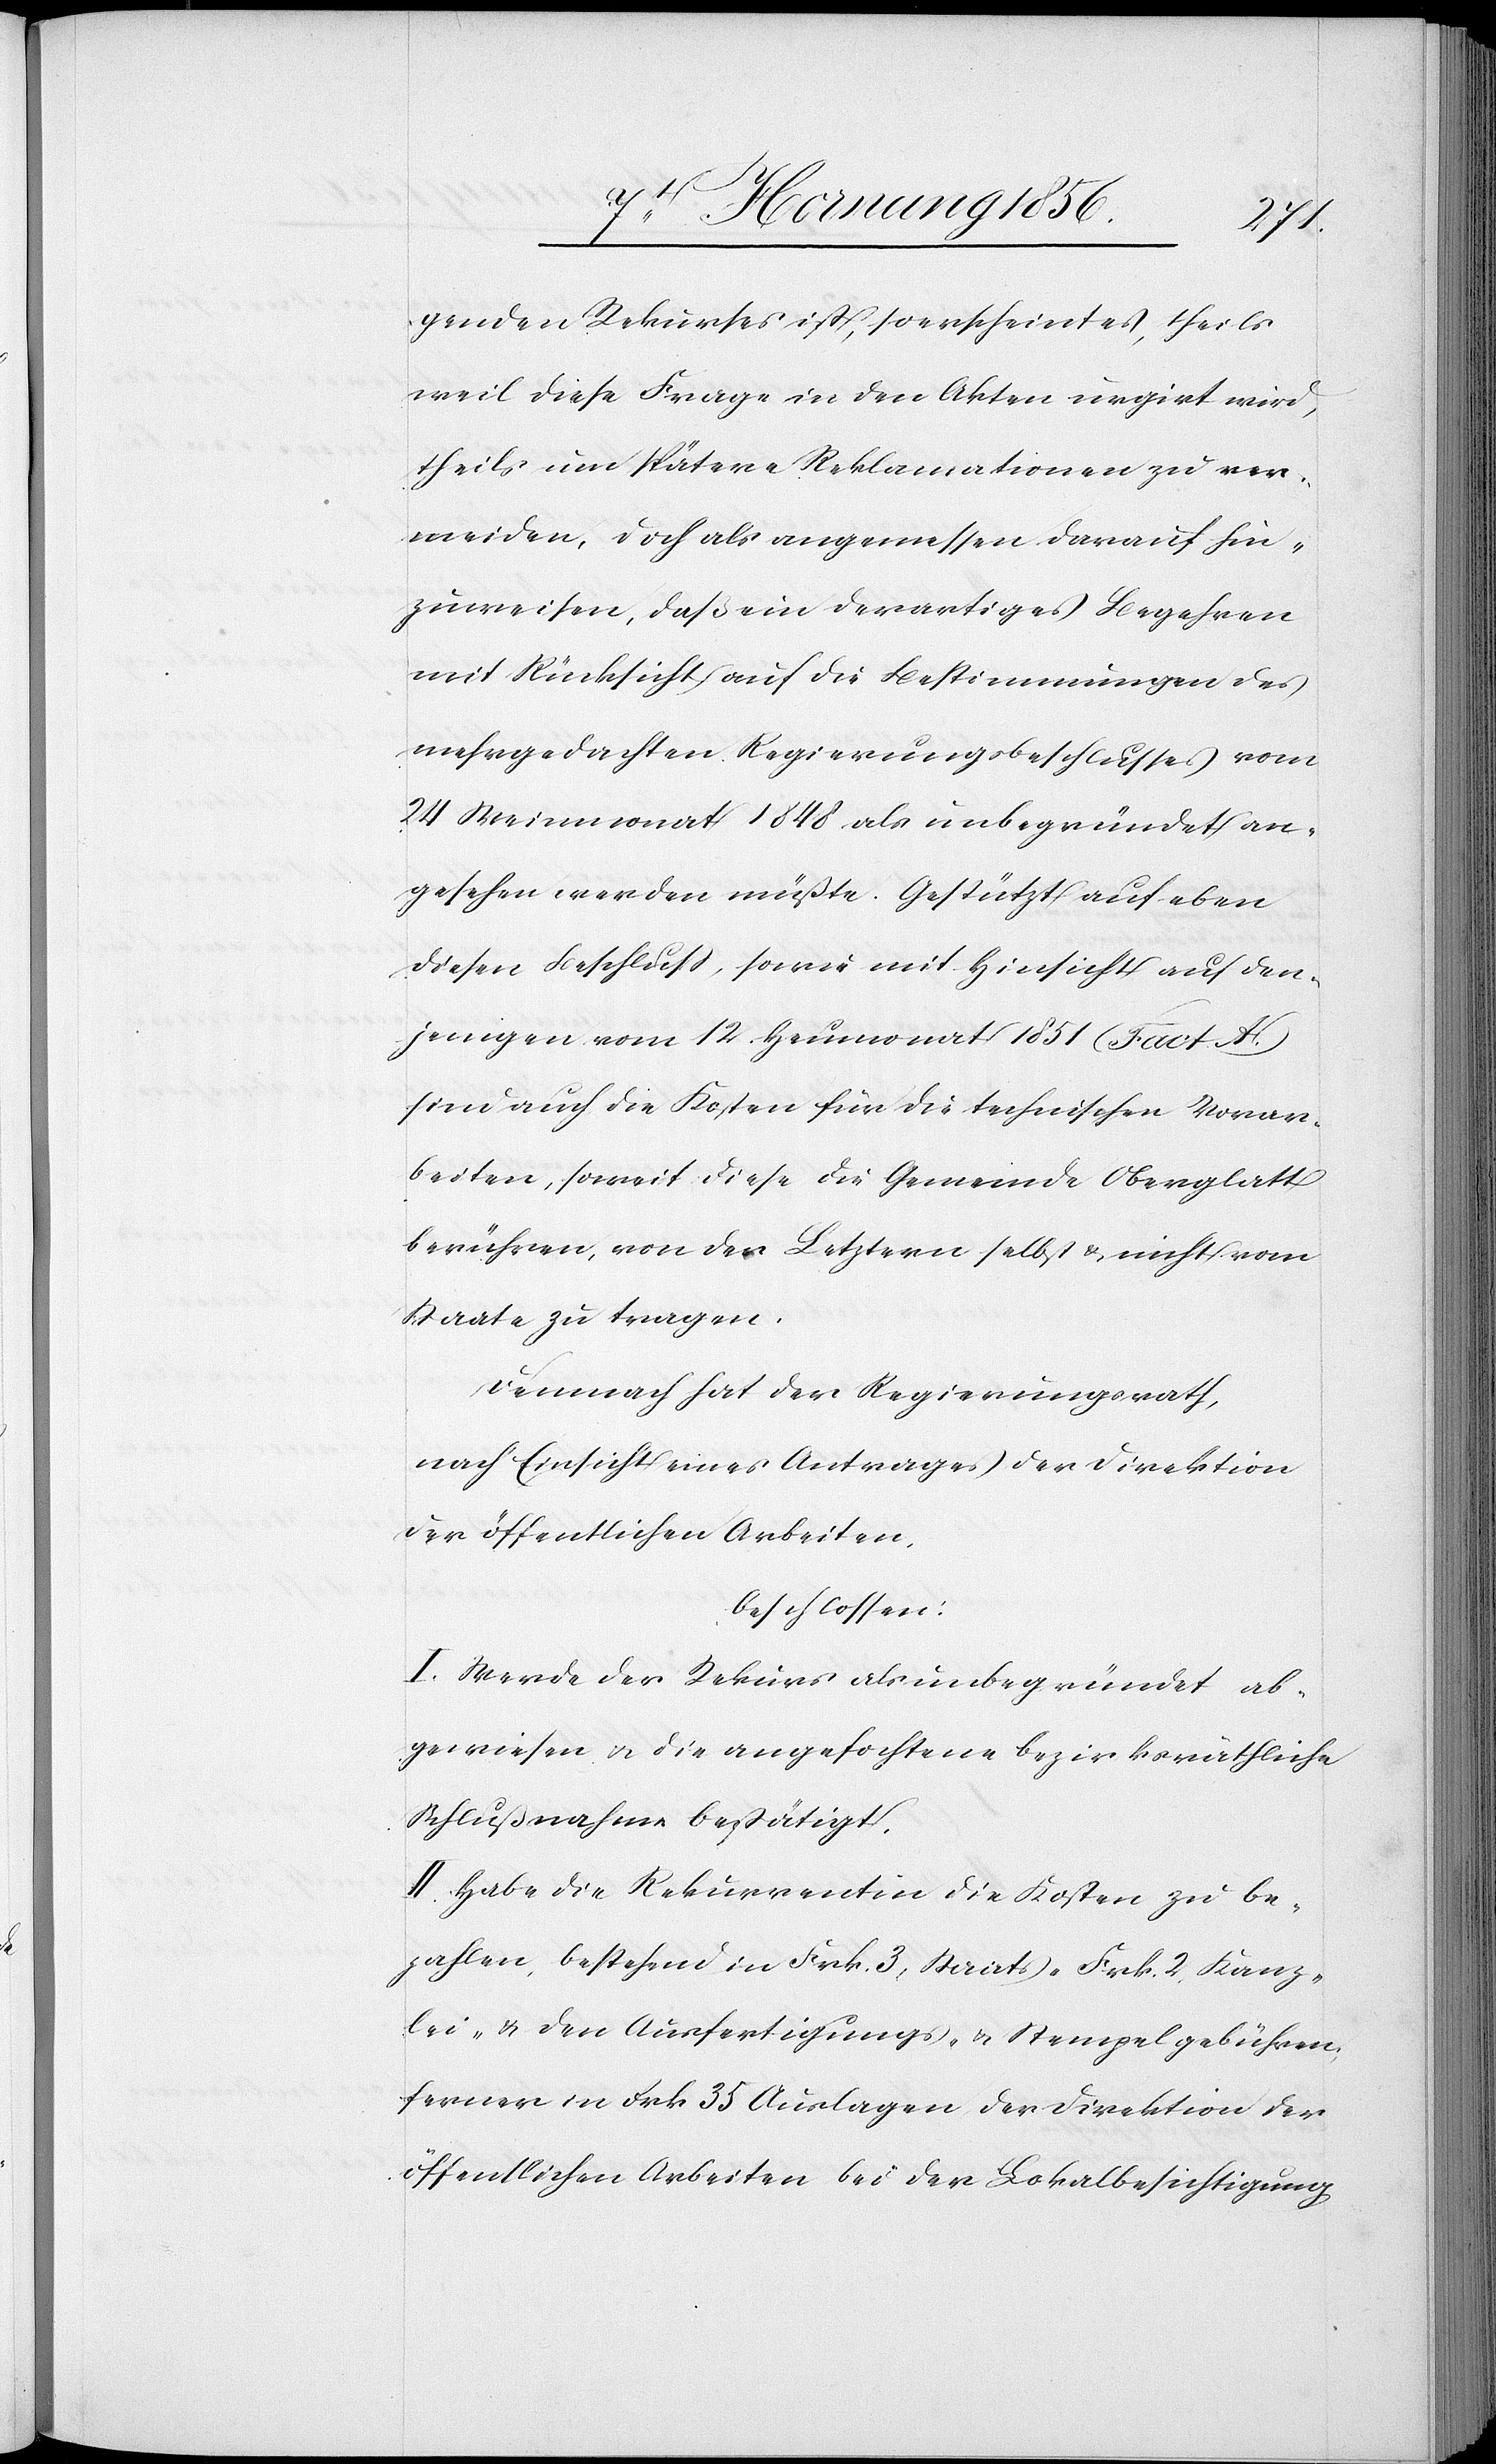
genden Rekurses ist, so erscheint es, theils
weil diese Frage in den Akten urgirt wird,
theils um spätere Reklamationen zu ver¬
meiden, doch als angemessen darauf hin¬
zuweisen, daß ein derartiges Begehren
mit Rücksicht auf die Bestimmungen des
mehrgedachten Regierungsbeschlusses vom
24 Weinmonat 1848 als unbegründet an¬
gesehen werden müßte. Gestützt auf eben
diesen Beschluß, sowie mit Hinsicht auf den¬
jenigen vom 12. Heumonat 1851 (Fact. H.)
sind auch die Kosten für die technischen Vorar¬
beiten, soweit diese die Gemeinde Oberglatt
berühren, von der Letztern selbst u. nicht vom
Staate zu tragen.
Demnach hat der Regierungsrath,
nach Einsicht eines Antrages der Direktion
der öffentlichen Arbeiten,
beschlossen:
I. Werde der Rekurs als unbegründet ab¬
gewiesen u. die angefochtene bezirksräthliche
Schlußnahme bestätigt.
II. Habe die Rekurrentin die Kosten zu be¬
zahlen, bestehend in Frk. 3, Staats-[,] Frk. 2, Kanz¬
lei- & den Ausfertigungs- u. Stempelgebühren;
ferner in Frk 35 Auslagen der Direktion der
öffentlichen Arbeiten bei der Lokalbesichtigung